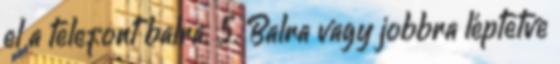
el a telefont balra. 5. Balra vagy jobbra léptetve